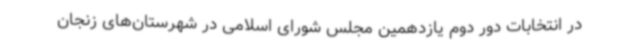
در انتخابات دور دوم یازدهمین مجلس شورای اسلامی در شهرستان‌های زنجان